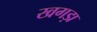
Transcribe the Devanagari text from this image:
खगड़ा